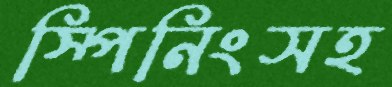
স্পিনিংসহ